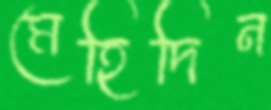
মেহিদিন